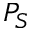
P _ { S }